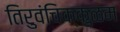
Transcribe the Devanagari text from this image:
तिरुवंचिक्कुळम